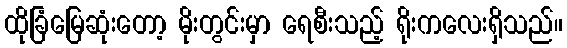
ထိုခြံမြေဆုံးတော့ မိုးတွင်းမှာ ရေစီးသည့် ရိုးကလေးရှိသည်။